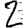
Digit: 2